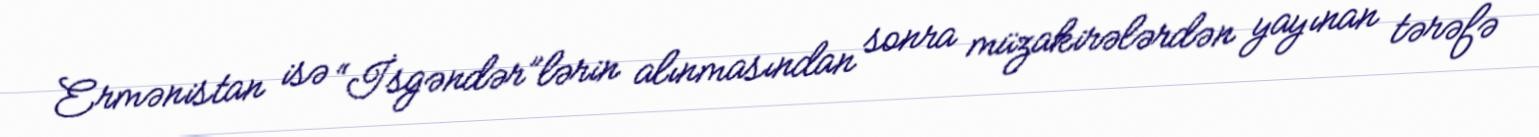
Ermənistan isə “İsgəndər”lərin alınmasından sonra müzakirələrdən yayınan tərəfə